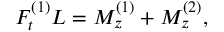
F _ { t } ^ { ( 1 ) } L = M _ { z } ^ { ( 1 ) } + M _ { z } ^ { ( 2 ) } ,